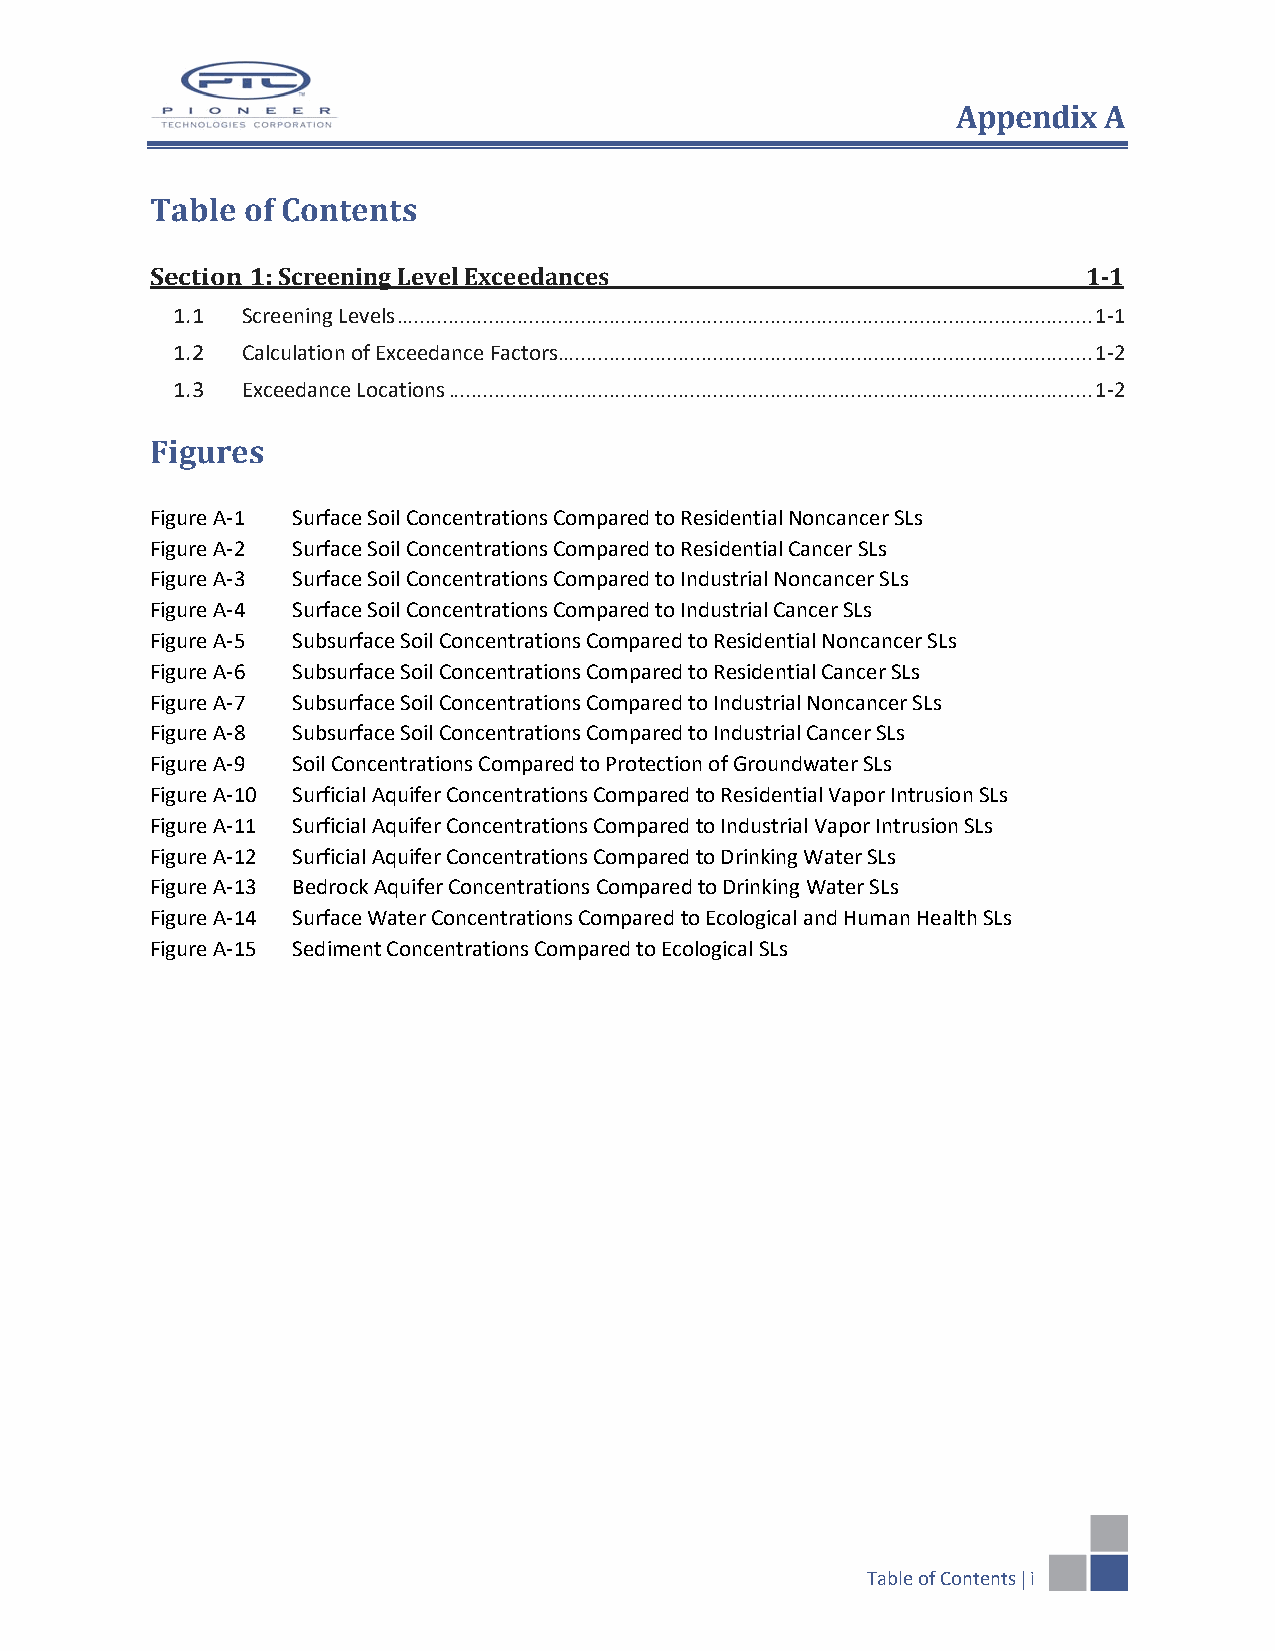
Appendix  A
 Table of Contents
 Section 1: Screening Level Exceedances                        1-1
 1.1  Screening Levels ......................................................................................................................... 1-1
 1.2  Calculation of Exceedance Factors............................................................................................. 1-2
 1.3  Exceedance Locations ................................................................................................................ 1-2
 Figures
 Figure A-1 Surface Soil Concentrations Compared to Residential Noncancer SLs
 Figure A-2 Surface Soil Concentrations Compared to Residential Cancer SLs
 Figure A-3 Surface Soil Concentrations Compared to Industrial Noncancer SLs
 Figure A-4 Surface Soil Concentrations Compared to Industrial Cancer SLs
 Figure A-5 Subsurface Soil Concentrations Compared to Residential Noncancer SLs
 Figure A-6 Subsurface Soil Concentrations Compared to Residential Cancer SLs
 Figure A-7 Subsurface Soil Concentrations Compared to Industrial Noncancer SLs
 Figure A-8 Subsurface Soil Concentrations Compared to Industrial Cancer SLs
 Figure A-9 Soil Concentrations Compared to Protection of Groundwater SLs
 Figure A-10 Surficial Aquifer Concentrations Compared to Residential Vapor Intrusion SLs
 Figure A-11 Surficial Aquifer Concentrations Compared to Industrial Vapor Intrusion SLs
 Figure A-12 Surficial Aquifer Concentrations Compared to Drinking Water SLs
 Figure A-13 Bedrock Aquifer Concentrations Compared to Drinking Water SLs
 Figure A-14 Surface Water Concentrations Compared to Ecological and Human Health SLs
 Figure A-15 Sediment Concentrations Compared to Ecological SLs
 Table of Contents | i